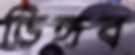
ডিঙ্গব